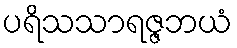
ပရိသသာရဇ္ဇဘယံ